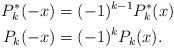
LaTeX: \begin{align*}P_k^*(-x) &=(-1)^{k-1}P_k^*(x)\\P_k(-x) &=(-1)^{k}P_k(x).\end{align*}